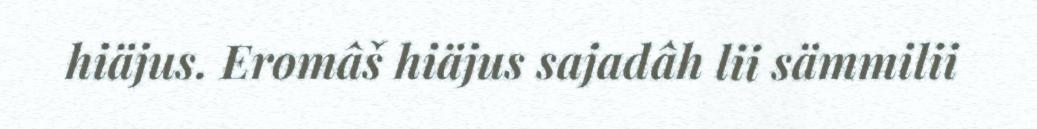
hiäjus. Eromâš hiäjus sajadâh lii sämmilii